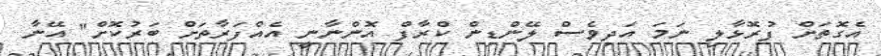
އެގޮތަށް ފުރޮޅާލި ނަމަ އަދިވެސް ލޭންޑިން ކްރާފް އޮންނާނީ އެއްފަރާތަށް ބަރުކޮށް" އޭނާ